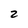
Character: 2